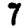
Digit: 7